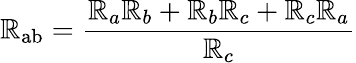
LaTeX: \mathbb{R}_{\mathrm{{ab}}}={\frac{{\mathbb{R}_{a}\mathbb{R}_{b}+\mathbb{R}_{b}\mathbb{R}_{c}+\mathbb{R}_{c}\mathbb{R}_{a}}}{{\mathbb{R}_{c}}}}